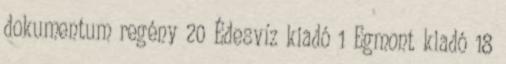
dokumentum regény 20 Édesvíz kiadó 1 Egmont kiadó 18